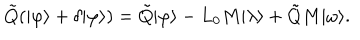
\tilde { Q } ( | \varphi \rangle + \delta | \varphi \rangle ) = \tilde { Q } | \varphi \rangle - L _ { 0 } M | \lambda \rangle + \tilde { Q } M | \omega \rangle .